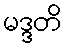
မဒ္ဒတိ